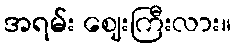
အရမ်း ဈေးကြီးလား။